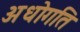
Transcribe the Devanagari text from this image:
अधोगति